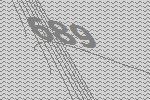
689